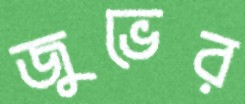
জুভের